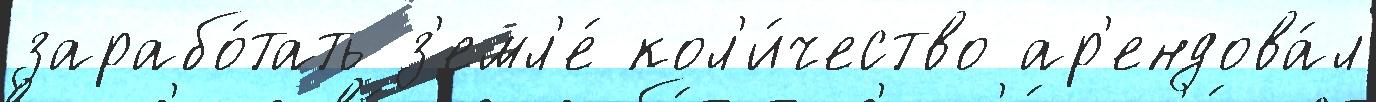
зарабо́тать з'емл'е́ кол'и́чество ар'ендова́л